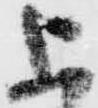
上